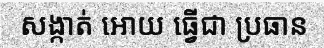
សង្កាត់ អោយ ធ្វើជា ប្រធាន